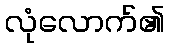
လုံလောက်၏